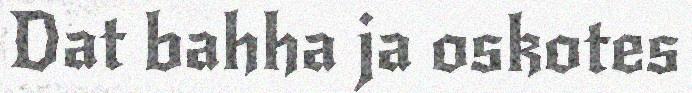
Dat bahha ja oskotes